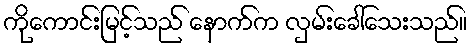
ကိုကောင်းမြင့်သည် နောက်က လှမ်းခေါ်သေးသည်။